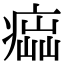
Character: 𤸢